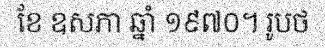
ខែ ឧសភា ឆ្នាំ ១៩៧០។ រូបថ